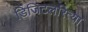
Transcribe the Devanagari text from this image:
डिजिटलरित्या